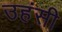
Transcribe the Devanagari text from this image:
उहंसी